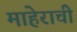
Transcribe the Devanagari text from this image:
माहेराची